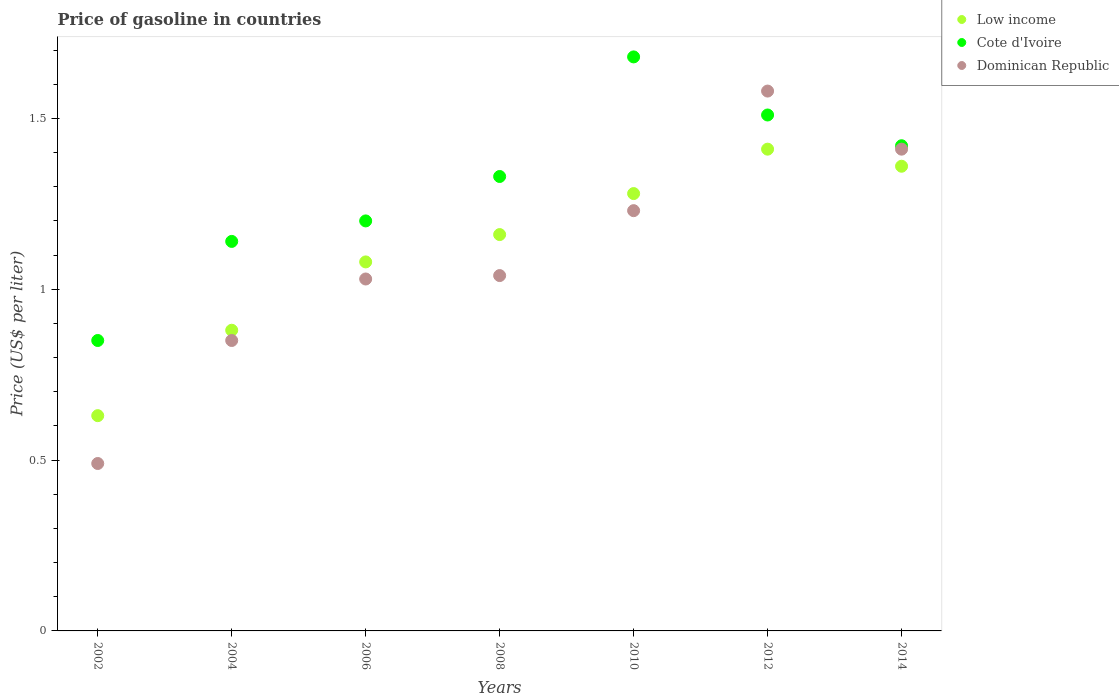
| Years | Low income | Cote d'Ivoire | Dominican Republic |
 | --- | --- | --- | --- |
 | 2002 | 0.63 | 0.85 | 0.49 |
 | 2004 | 0.88 | 1.14 | 0.85 |
 | 2006 | 1.08 | 1.2 | 1.03 |
 | 2008 | 1.16 | 1.33 | 1.04 |
 | 2010 | 1.28 | 1.68 | 1.23 |
 | 2012 | 1.41 | 1.51 | 1.58 |
 | 2014 | 1.36 | 1.42 | 1.41 |